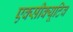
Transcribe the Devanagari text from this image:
एक्सीक्यूटिव